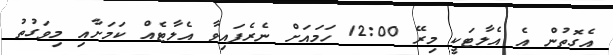
އެގޮތުން އެ އެލާޓަކީ މިރޭ 12:00 ހަމައަށް ނެރެފައިވާ އެލާޓެއް ކަމަށާއި މިވަގުތު